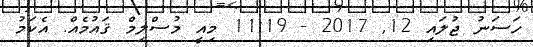
ހަސަނު ޖުލައި 12